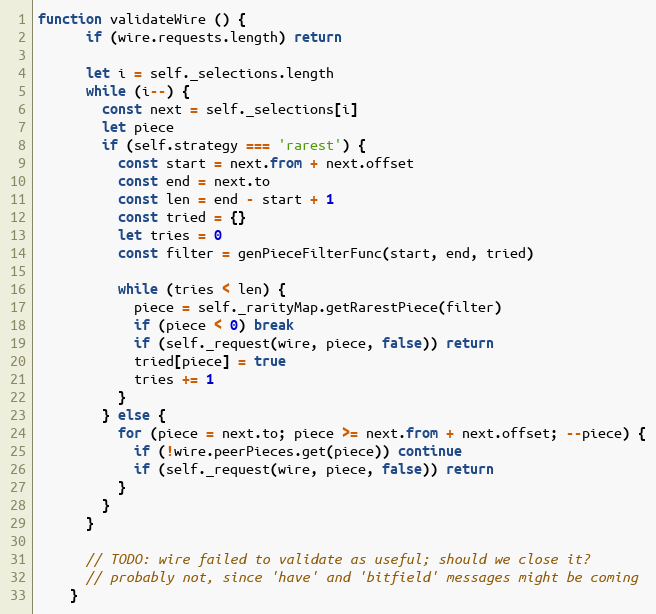
Language: JavaScript
function validateWire () {
      if (wire.requests.length) return

      let i = self._selections.length
      while (i--) {
        const next = self._selections[i]
        let piece
        if (self.strategy === 'rarest') {
          const start = next.from + next.offset
          const end = next.to
          const len = end - start + 1
          const tried = {}
          let tries = 0
          const filter = genPieceFilterFunc(start, end, tried)

          while (tries < len) {
            piece = self._rarityMap.getRarestPiece(filter)
            if (piece < 0) break
            if (self._request(wire, piece, false)) return
            tried[piece] = true
            tries += 1
          }
        } else {
          for (piece = next.to; piece >= next.from + next.offset; --piece) {
            if (!wire.peerPieces.get(piece)) continue
            if (self._request(wire, piece, false)) return
          }
        }
      }

      // TODO: wire failed to validate as useful; should we close it?
      // probably not, since 'have' and 'bitfield' messages might be coming
    }